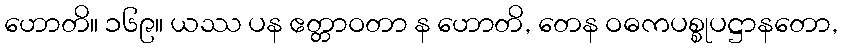
ဟောတိ။ ၁၆၉။ ယဿ ပန ဧတ္တာဝတာ န ဟောတိ, တေန ဝဓကပစ္စုပဋ္ဌာနတော,